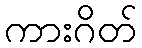
ကားဂိတ်